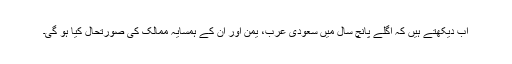
اب دیکھتے ہیں کہ اگلے پانچ سال میں سعودی عرب، یمن اور ان کے ہمسایہ ممالک کی صورتحال کیا ہو گی۔